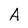
Character: A